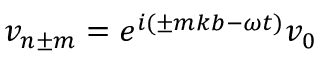
v _ { n \pm m } = e ^ { i ( \pm m k b - \omega t ) } v _ { 0 }